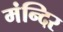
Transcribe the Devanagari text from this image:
मंन्दिर